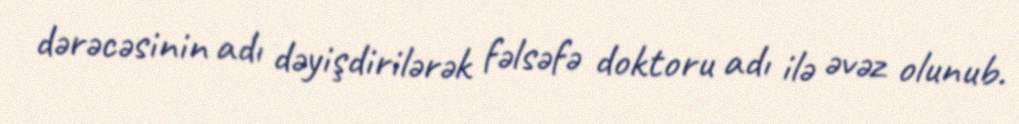
dərəcəsinin adı dəyişdirilərək fəlsəfə doktoru adı ilə əvəz olunub.